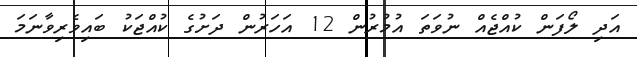
އަދި ލޯފަން ކުއްޖެއް ނުވަތަ އުމުރުން 12 އަހަރުން ދަށުގެ ކުއްޖަކު ބައިވެރިވާނަމަ